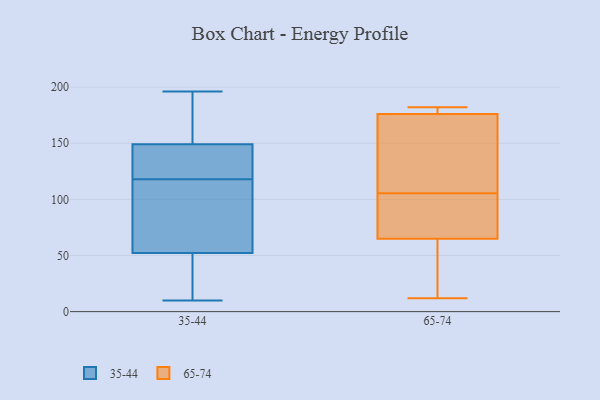
{"axis": {"x": "LTV (USD)", "y": "Value"}, "legend": ["35-44", "65-74"], "data": [{"x": "", "y": 178, "type": "35-44"}, {"x": "", "y": 19, "type": "35-44"}, {"x": "", "y": 196, "type": "35-44"}, {"x": "", "y": 92, "type": "35-44"}, {"x": "", "y": 121, "type": "35-44"}, {"x": "", "y": 50, "type": "35-44"}, {"x": "", "y": 59, "type": "35-44"}, {"x": "", "y": 10, "type": "35-44"}, {"x": "", "y": 36, "type": "35-44"}, {"x": "", "y": 169, "type": "35-44"}, {"x": "", "y": 150, "type": "35-44"}, {"x": "", "y": 146, "type": "35-44"}, {"x": "", "y": 134, "type": "35-44"}, {"x": "", "y": 64, "type": "35-44"}, {"x": "", "y": 118, "type": "35-44"}, {"x": "", "y": 107, "type": "65-74"}, {"x": "", "y": 40, "type": "65-74"}, {"x": "", "y": 65, "type": "65-74"}, {"x": "", "y": 176, "type": "65-74"}, {"x": "", "y": 12, "type": "65-74"}, {"x": "", "y": 104, "type": "65-74"}, {"x": "", "y": 152, "type": "65-74"}, {"x": "", "y": 179, "type": "65-74"}, {"x": "", "y": 47, "type": "65-74"}, {"x": "", "y": 52, "type": "65-74"}, {"x": "", "y": 74, "type": "65-74"}, {"x": "", "y": 181, "type": "65-74"}, {"x": "", "y": 178, "type": "65-74"}, {"x": "", "y": 124, "type": "65-74"}, {"x": "", "y": 123, "type": "65-74"}, {"x": "", "y": 182, "type": "65-74"}, {"x": "", "y": 75, "type": "65-74"}, {"x": "", "y": 102, "type": "65-74"}]}